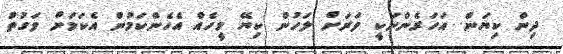
ދިން ކިޔަން. އަހަރެންނަކީ ވަރަށް ލަހުން ކިޔޭ މީހެއް އެހެންކަމުން އެކަމަށް ވަގުތު